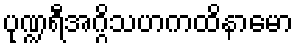
ပုဏ္ဍရီအဂ္ဂိသဟကထိနာမော